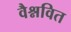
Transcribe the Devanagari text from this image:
वैश्नवित